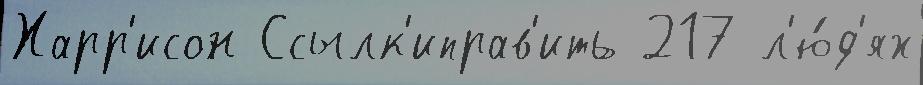
Харр'исон Ссылк'иправ'ить 217 л'ю́д'ях